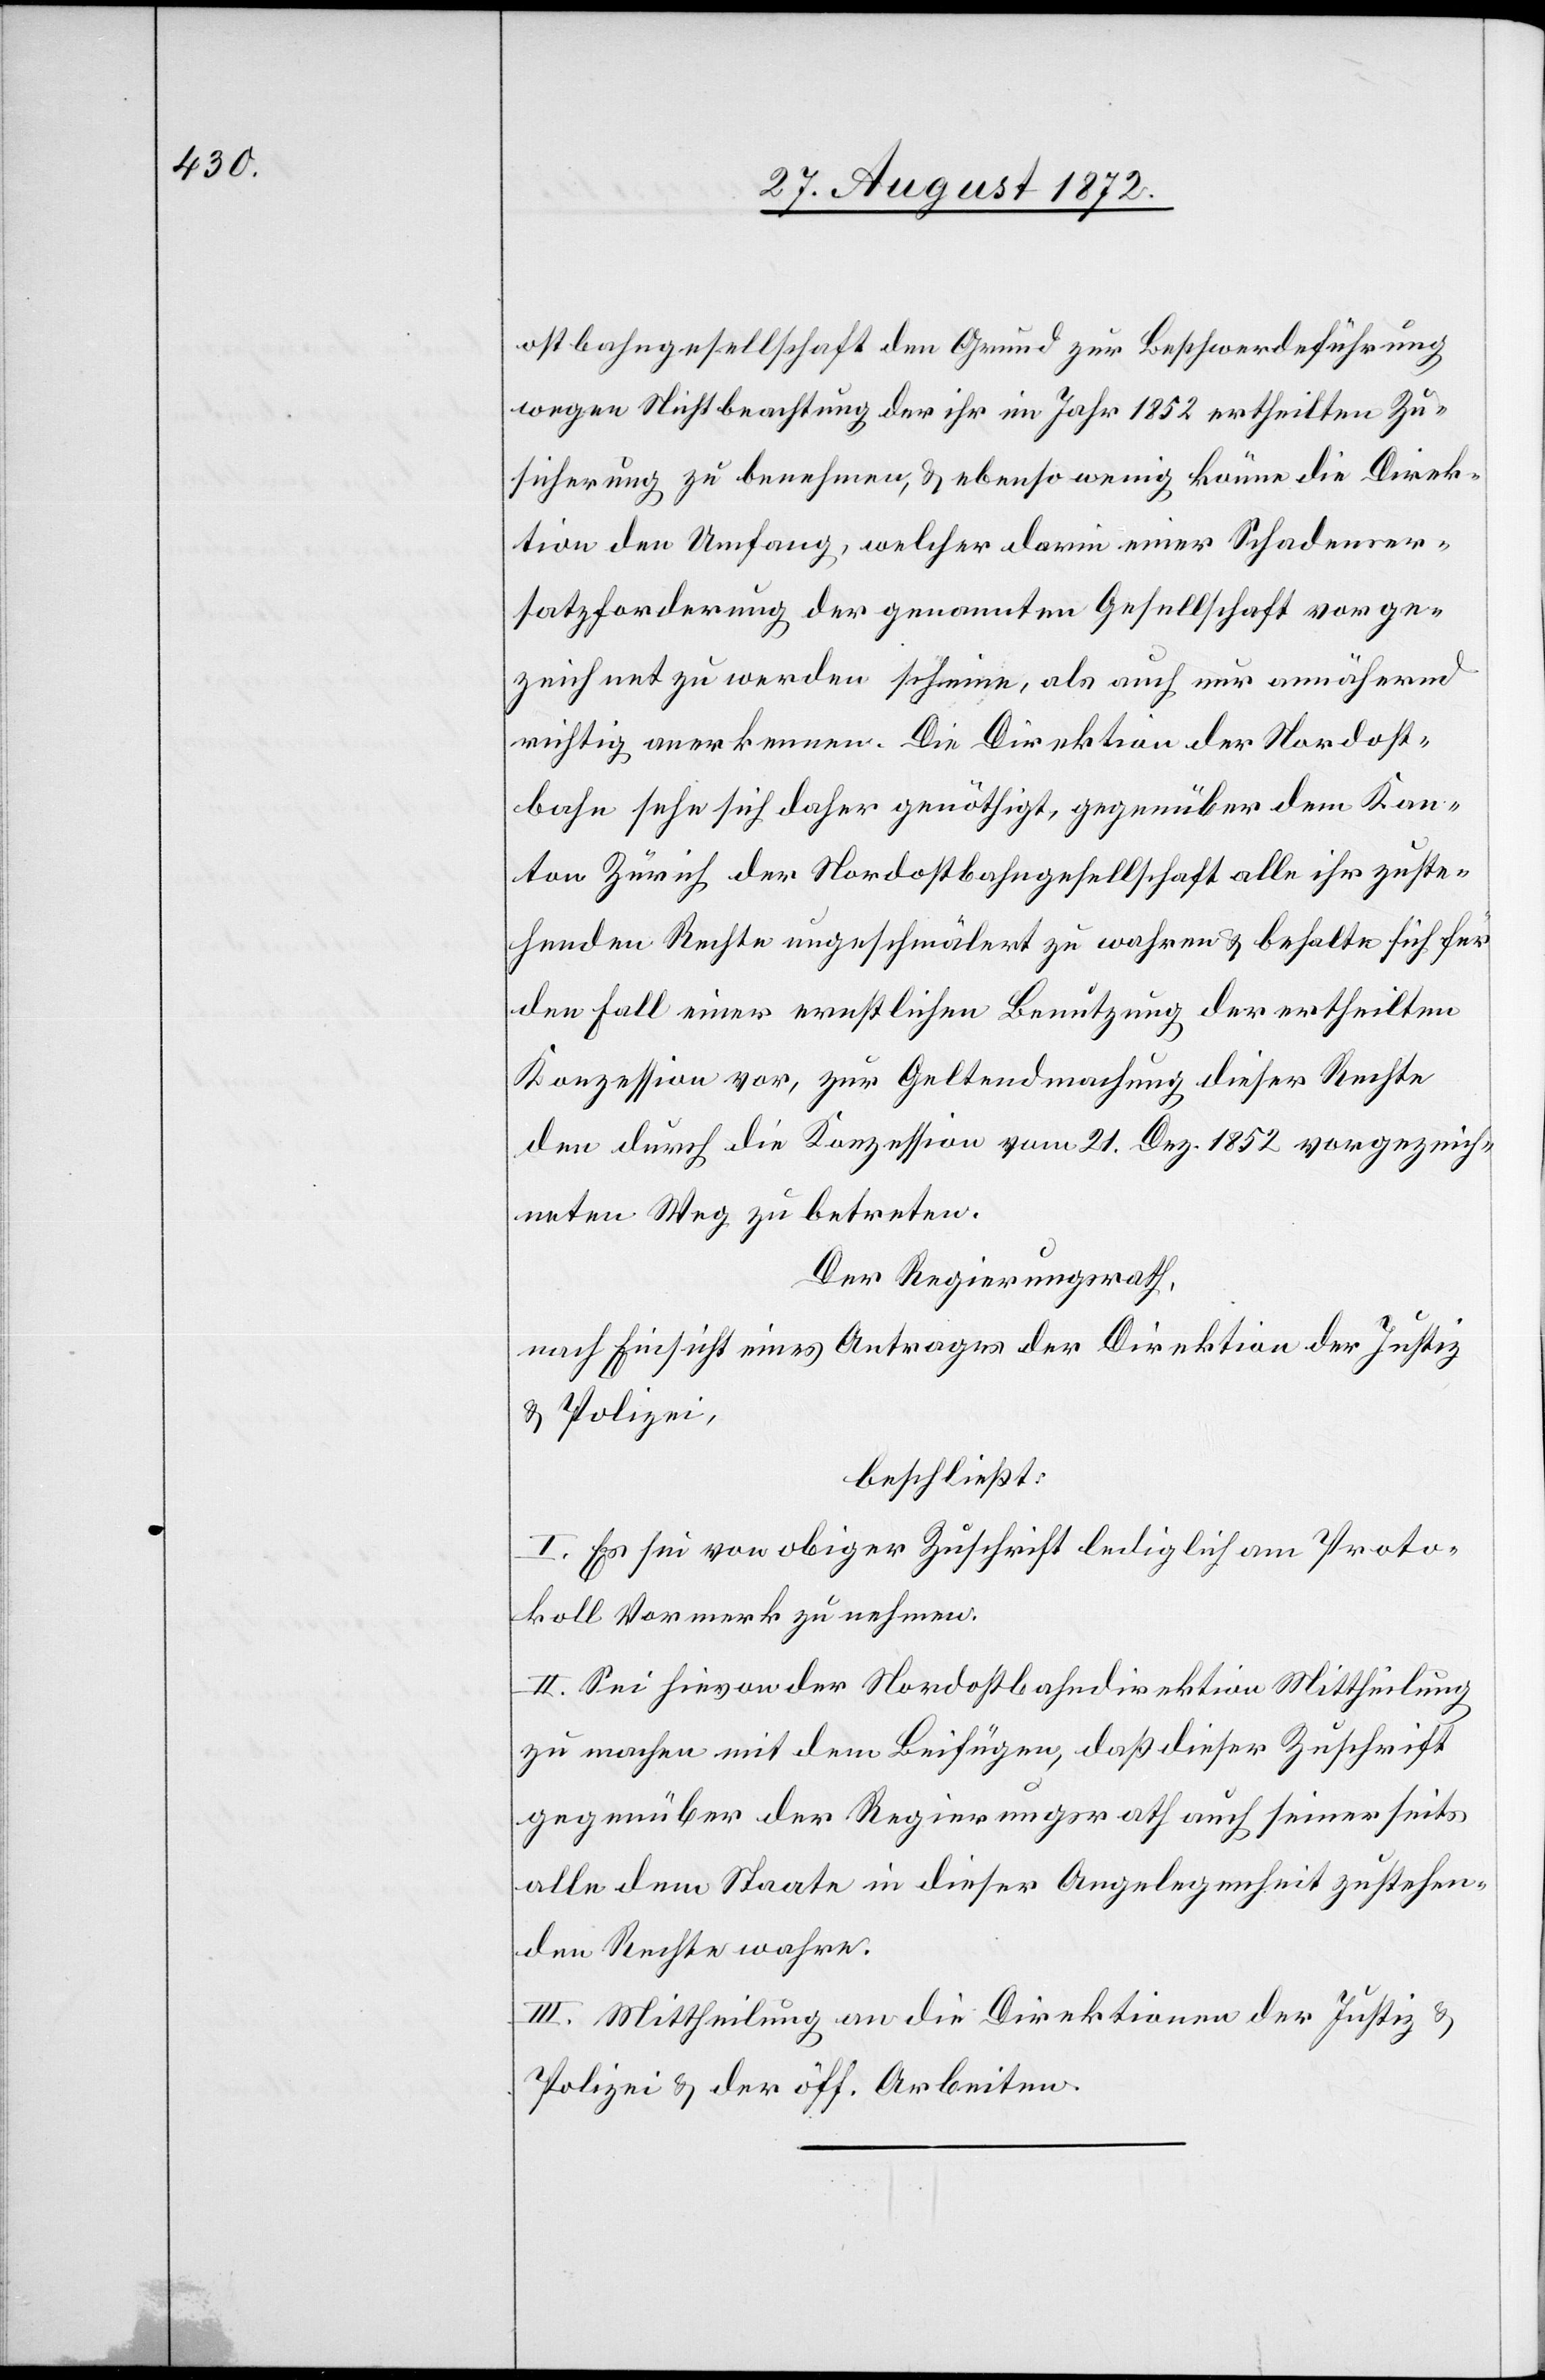
ostbahngesellschaft den Grund zur Beschwerdeführung
wegen Nichtbeachtung der ihr im Jahr 1852 ertheilten Zu¬
sicherung zu benehmen, u. ebenso wenig könne die Direk¬
tion den Umfang, welcher darin einer Schadenser¬
satzforderung der genannten Gesellschaft vorge¬
zeichnet zu werden scheine, als auch nur annähernd
richtig anerkennen. Die Direktion der Nordost¬
bahn sehe sich daher genöthigt, gegenüber dem Kan¬
ton Zürich der Nordostbahngesellschaft alle ihr zuste¬
henden Rechte ungeschmälert zu wahren u. behalte sich für
den Fall einer ernstlichen Benutzung der ertheilten
Konzession vor, zur Geltendmachung dieser Rechte
denn durch die Konzession vom 21. Dez. 1852 vorgezeich¬
neten Weg zu betreten.
Der Regierungsrath,
nach Einsicht eines Antrages der Direktion der Justiz
u. Polizei,
beschließt:
I. Es sei von obiger Zuschrift lediglich am Proto¬
koll Vormerk zu nehmen.
II. Sei hievon der Nordostbahndirektion Mittheilung
zu machen mit dem Beifügen, daß dieser Zuschrift
gegenüber der Regierungsrath auch seinerseits
alle dem Staate in dieser Angelegenheit zustehen¬
den Rechte wahre.
III. Mittheilung an die Direktionen der Justiz u.
Polizei u. der öff. Arbeiten.